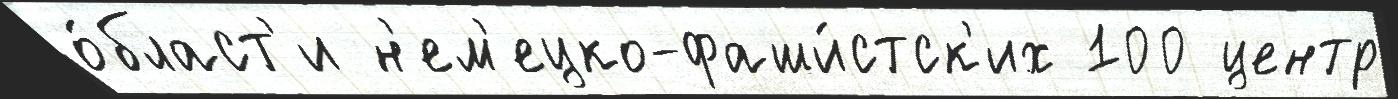
о́бласт'и н'ем'ецко-фаши́стск'их 100 центр